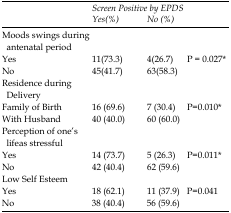
<table><thead><tr><td></td><td colspan="2"><b>Screen Positive by EPDS</b></td></tr><tr><td></td><td><b>Yes(%)</b></td><td><b>No (%)</b></td></tr></thead><tbody><tr><td>Moods swings during antenatal period</td><td></td><td></td><td></td></tr><tr><td>Yes</td><td>11(73.3)</td><td>4(26.7)</td><td rowspan="3">P = 0.027*</td></tr><tr><td>No</td><td>45(41.7)</td><td>63(58.3)</td></tr><tr><td>Residence during Delivery</td><td></td><td></td><td></td></tr><tr><td>Family of Birth</td><td>16 (69.6)</td><td>7 (30.4)</td><td rowspan="3">P=0.010*</td></tr><tr><td>With Husband</td><td>40 (40.0)</td><td>60 (60.0)</td></tr><tr><td>Perception of one’s lifeas stressful</td><td></td><td></td><td></td></tr><tr><td>Yes</td><td>14 (73.7)</td><td>5 (26.3)</td><td rowspan="3">P=0.011*</td></tr><tr><td>No</td><td>42 (40.4)</td><td>62 (59.6)</td></tr><tr><td>Low Self Esteem</td><td></td><td></td><td></td></tr><tr><td>Yes</td><td>18 (62.1)</td><td>11 (37.9)</td><td rowspan="2">P=0.041</td></tr><tr><td>No</td><td>38 (40.4)</td><td>56 (59.6)</td></tr></tbody></table>